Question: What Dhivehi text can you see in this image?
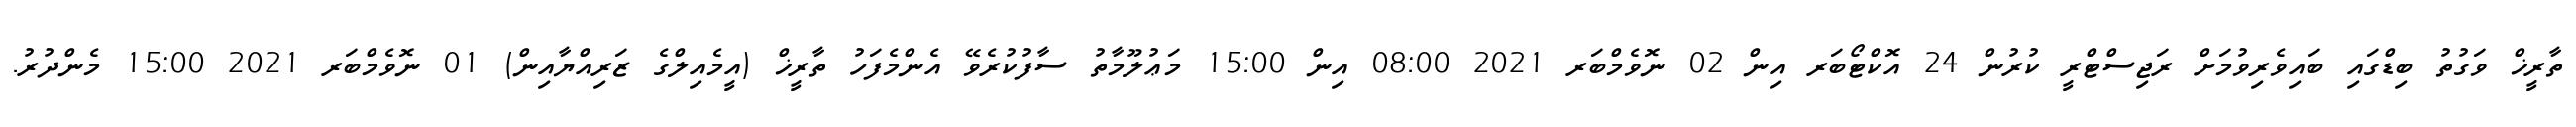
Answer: ތާރީޚް ވަގުތު ބިޑްގައި ބައިވެރިވުމަށް ރަޖިސްޓްރީ ކުރުން 24 އޮކްޓޯބަރ އިން 02 ނޮވެމްބަރ 2021 08:00 އިން 15:00 މަޢުލޫމާތު ސާފުކުރެވޭ އެންމެފަހު ތާރީޚް (އީމެއިލްގެ ޒަރިއްޔާއިން) 01 ނޮވެމްބަރ 2021 15:00 މެންދުރު.